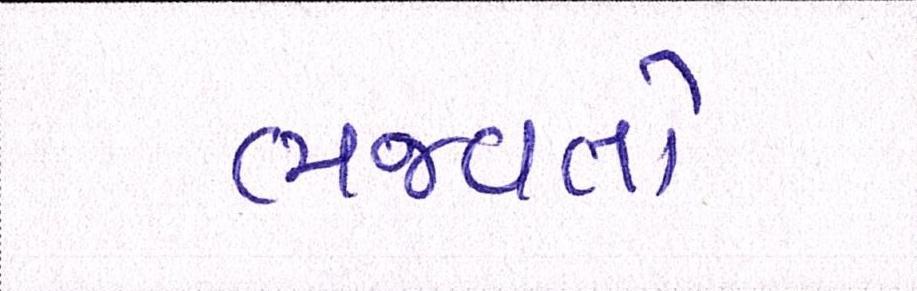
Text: ભજવતો